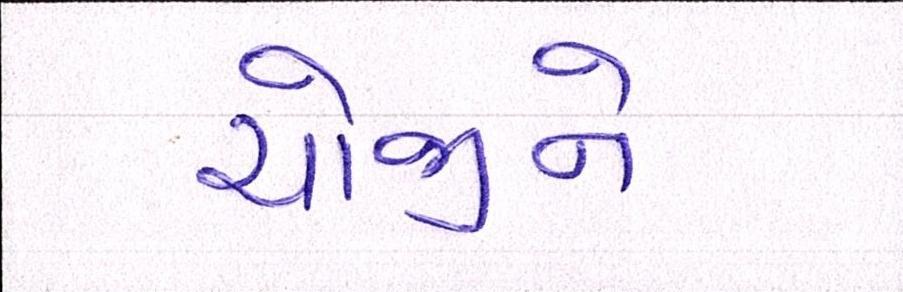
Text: યોજીને